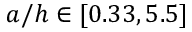
a / h \in [ 0 . 3 3 , 5 . 5 ]